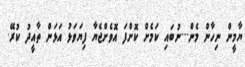
ޔާމީން ނިހާން މެން....ނުބައި ކަމެށް ކޮށްފަ އޮވެށްޖެޔާ ފިޔަވަޅު އަޅަން ތާއީދު ކުރޭ.